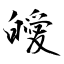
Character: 皧